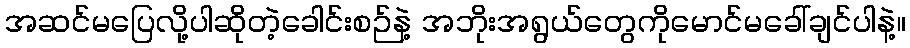
အဆင်မပြေလို့ပါဆိုတဲ့ခေါင်းစဉ်နဲ့ အဘိုးအရွယ်တွေကိုမောင်မခေါ်ချင်ပါနဲ့။